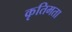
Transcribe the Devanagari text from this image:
कृतिमता